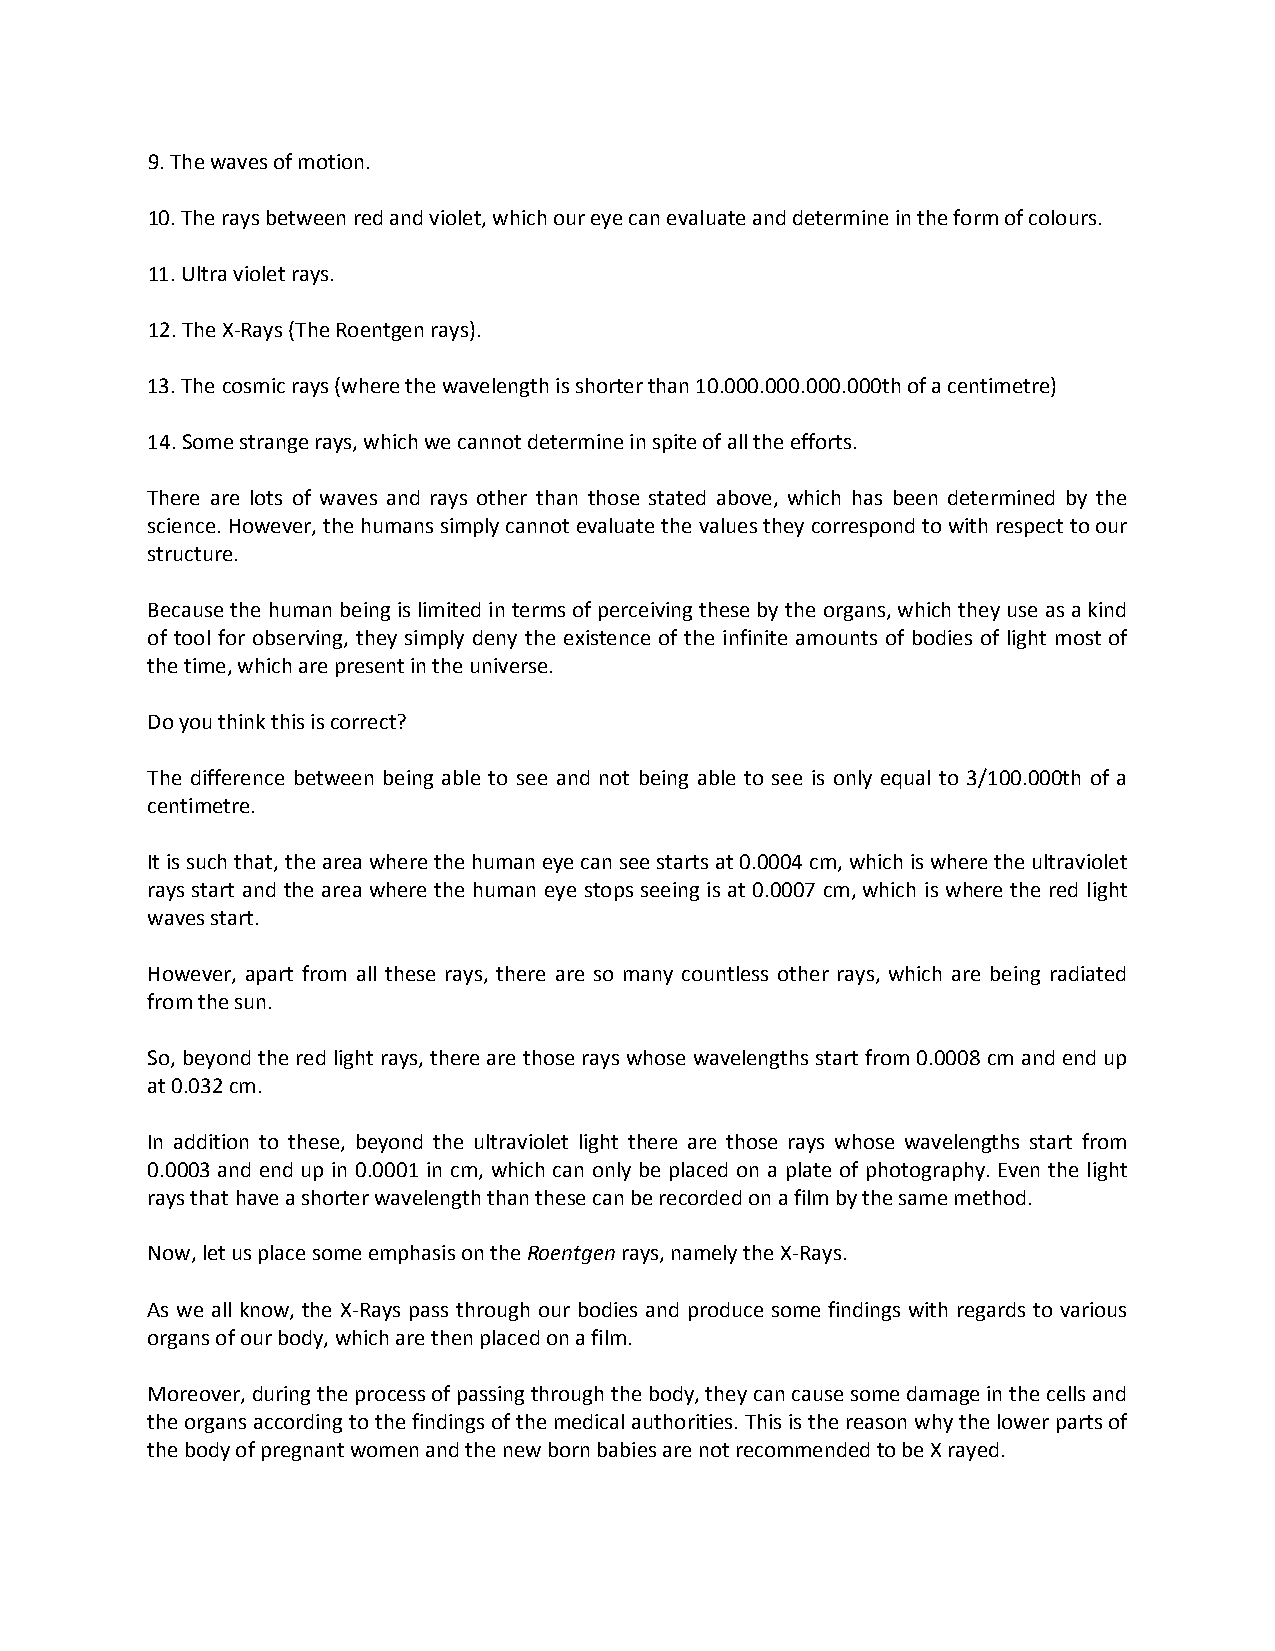
9. The waves of motion.
 10. The rays between red and violet, which our eye can evaluate and determine in the form of colours.
 11. Ultra violet rays.
 12. The X-Rays (The Roentgen rays).
 13. The cosmic rays (where the wavelength is shorter than 10.000.000.000.000th of a centimetre)
 14. Some strange rays, which we cannot determine in spite of all the efforts.
 There are lots of waves and rays other than those stated above, which has been determined by the
 science. However, the humans simply cannot evaluate the values they correspond to with respect to our
 structure.
 Because the human being is limited in terms of perceiving these by the organs, which they use as a kind
 of tool for observing, they simply deny the existence of the infinite amounts of bodies of light most of
 the time, which are present in the universe.
 Do you think this is correct?
 The difference between being able to see and not being able to see is only equal to 3/100.000th of a
 centimetre.
 It is such that, the area where the human eye can see starts at 0.0004 cm, which is where the ultraviolet
 rays start and the area where the human eye stops seeing is at 0.0007 cm, which is where the red light
 waves start.
 However, apart from all these rays, there are so many countless other rays, which are being radiated
 from the sun.
 So, beyond the red light rays, there are those rays whose wavelengths start from 0.0008 cm and end up
 at 0.032 cm.
 In addition to these, beyond the ultraviolet light there are those rays whose wavelengths start from
 0.0003 and end up in 0.0001 in cm, which can only be placed on a plate of photography. Even the light
 rays that have a shorter wavelength than these can be recorded on a film by the same method.
 Now, let us place some emphasis on the Roentgen rays, namely the X-Rays.
 As we all know, the X-Rays pass through our bodies and produce some findings with regards to various
 organs of our body, which are then placed on a film.
 Moreover, during the process of passing through the body, they can cause some damage in the cells and
 the organs according to the findings of the medical authorities. This is the reason why the lower parts of
 the body of pregnant women and the new born babies are not recommended to be X rayed.